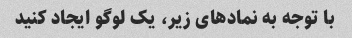
با توجه به نمادهای زیر، یک لوگو ایجاد کنید